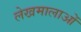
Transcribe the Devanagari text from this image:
लेखमालाओं